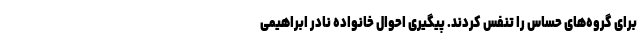
برای گروه‌های حساس را تنفس کردند. پیگیری احوال خانواده نادر ابراهیمی